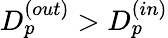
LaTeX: D_{p}^{(out)}>D_{p}^{(in)}